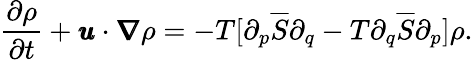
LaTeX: \frac{\partial\rho}{\partial t}+\pmb{u}\cdot\pmb{\nabla}\rho=-T[\partial_{p}\overline{{S}}\partial_{q}-T\partial_{q}\overline{{S}}\partial_{p}]\rho.